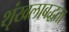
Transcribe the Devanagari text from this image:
शृंखलाबद्धता